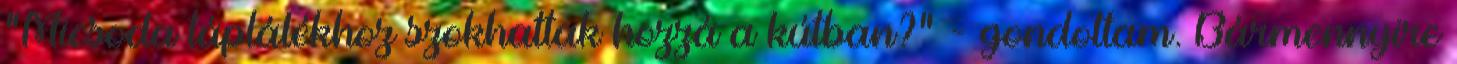
"Micsoda táplálékhoz szokhattak hozzá a kútban?" - gondoltam. Bármennyire